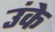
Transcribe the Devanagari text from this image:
उंके